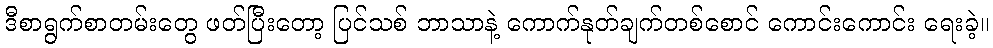
ဒီစာရွက်စာတမ်းတွေ ဖတ်ပြီးတော့ ပြင်သစ် ဘာသာနဲ့ ကောက်နုတ်ချက်တစ်စောင် ကောင်းကောင်း ရေးခဲ့။